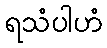
ရသံပါဟံ